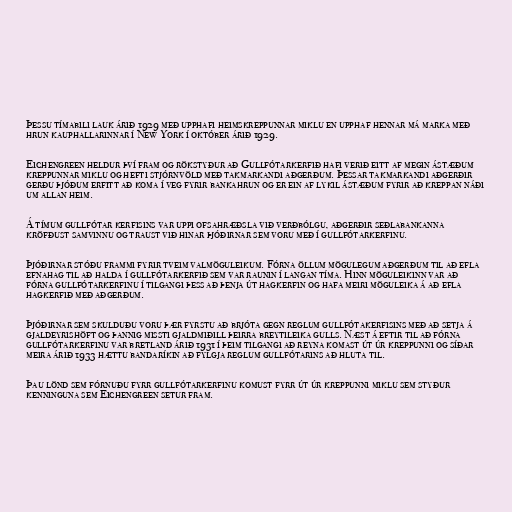
Þessu tímabili lauk árið 1929 með upphafi heimskreppunnar miklu en upphaf hennar má marka með
hrun kauphallarinnar í New York í október árið 1929.

Eichengreen heldur því fram og rökstyður að Gullfótarkerfið hafi verið eitt af megin ástæðum
kreppunnar miklu og hefti stjórnvöld með takmarkandi aðgerðum. Þessar takmarkandi aðgerðir
gerðu þjóðum erfitt að koma í veg fyrir bankahrun og er ein af lykil ástæðum fyrir að kreppan náði
um allan heim.

Á tímum gullfótar kerfisins var uppi ofsahræðsla við verðbólgu, aðgerðir seðlabankanna
kröfðust samvinnu og traust við hinar þjóðirnar sem voru með í gullfótarkerfinu.

Þjóðirnar stóðu frammi fyrir tveim valmöguleikum. Fórna öllum mögulegum aðgerðum til að efla
efnahag til að halda í gullfótarkerfið sem var raunin í langan tíma. Hinn möguleikinn var að
fórna gullfótarkerfinu í tilgangi þess að þenja út hagkerfin og hafa meiri möguleika á að efla
hagkerfið með aðgerðum.

Þjóðirnar sem skulduðu voru þær fyrstu að brjóta gegn reglum gullfótakerfisins með að setja á
gjaldeyrishöft og þannig missti gjaldmiðill þeirra breytileika gulls. Næst á eftir til að fórna
gullfótarkerfinu var bretland árið 1931 í þeim tilgangi að reyna komast út úr kreppunni og síðar
meira árið 1933 hættu bandaríkin að fylgja reglum gullfótarins að hluta til.

Þau lönd sem fórnuðu fyrr gullfótarkerfinu komust fyrr út úr kreppunni miklu sem styður
kenninguna sem Eichengreen setur fram.